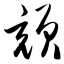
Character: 颃